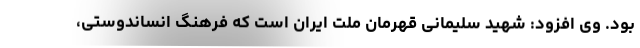
بود. وی افزود: شهید سلیمانی قهرمان ملت ایران است که فرهنگ انساندوستی،